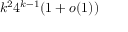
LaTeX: k ^ { 2 } 4 ^ { k - 1 } ( 1 + o ( 1 ) )